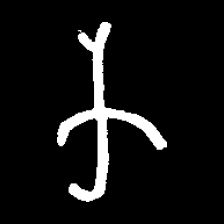
Pyu character \u2014 Myanmar letter: က (romanized: ka)